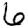
Digit: 6